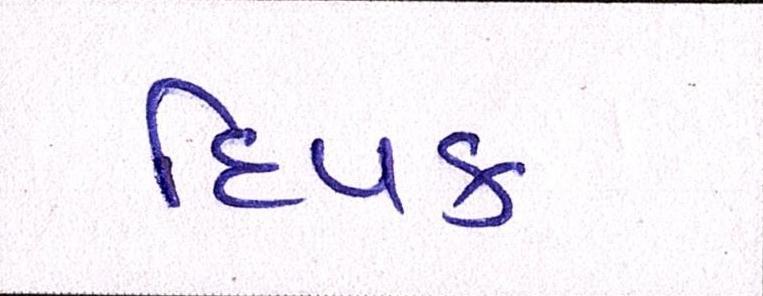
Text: દિપક